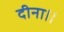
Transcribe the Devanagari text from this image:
दीना।।